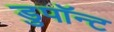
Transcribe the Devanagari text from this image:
डुपॉन्ट